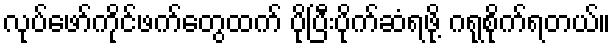
လုပ်ဖော်ကိုင်ဖက်တွေထက် ပိုပြီးပိုက်ဆံရဖို့ ဂရုစိုက်ရတယ်။